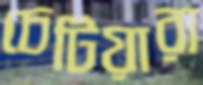
চেটিয়ারা